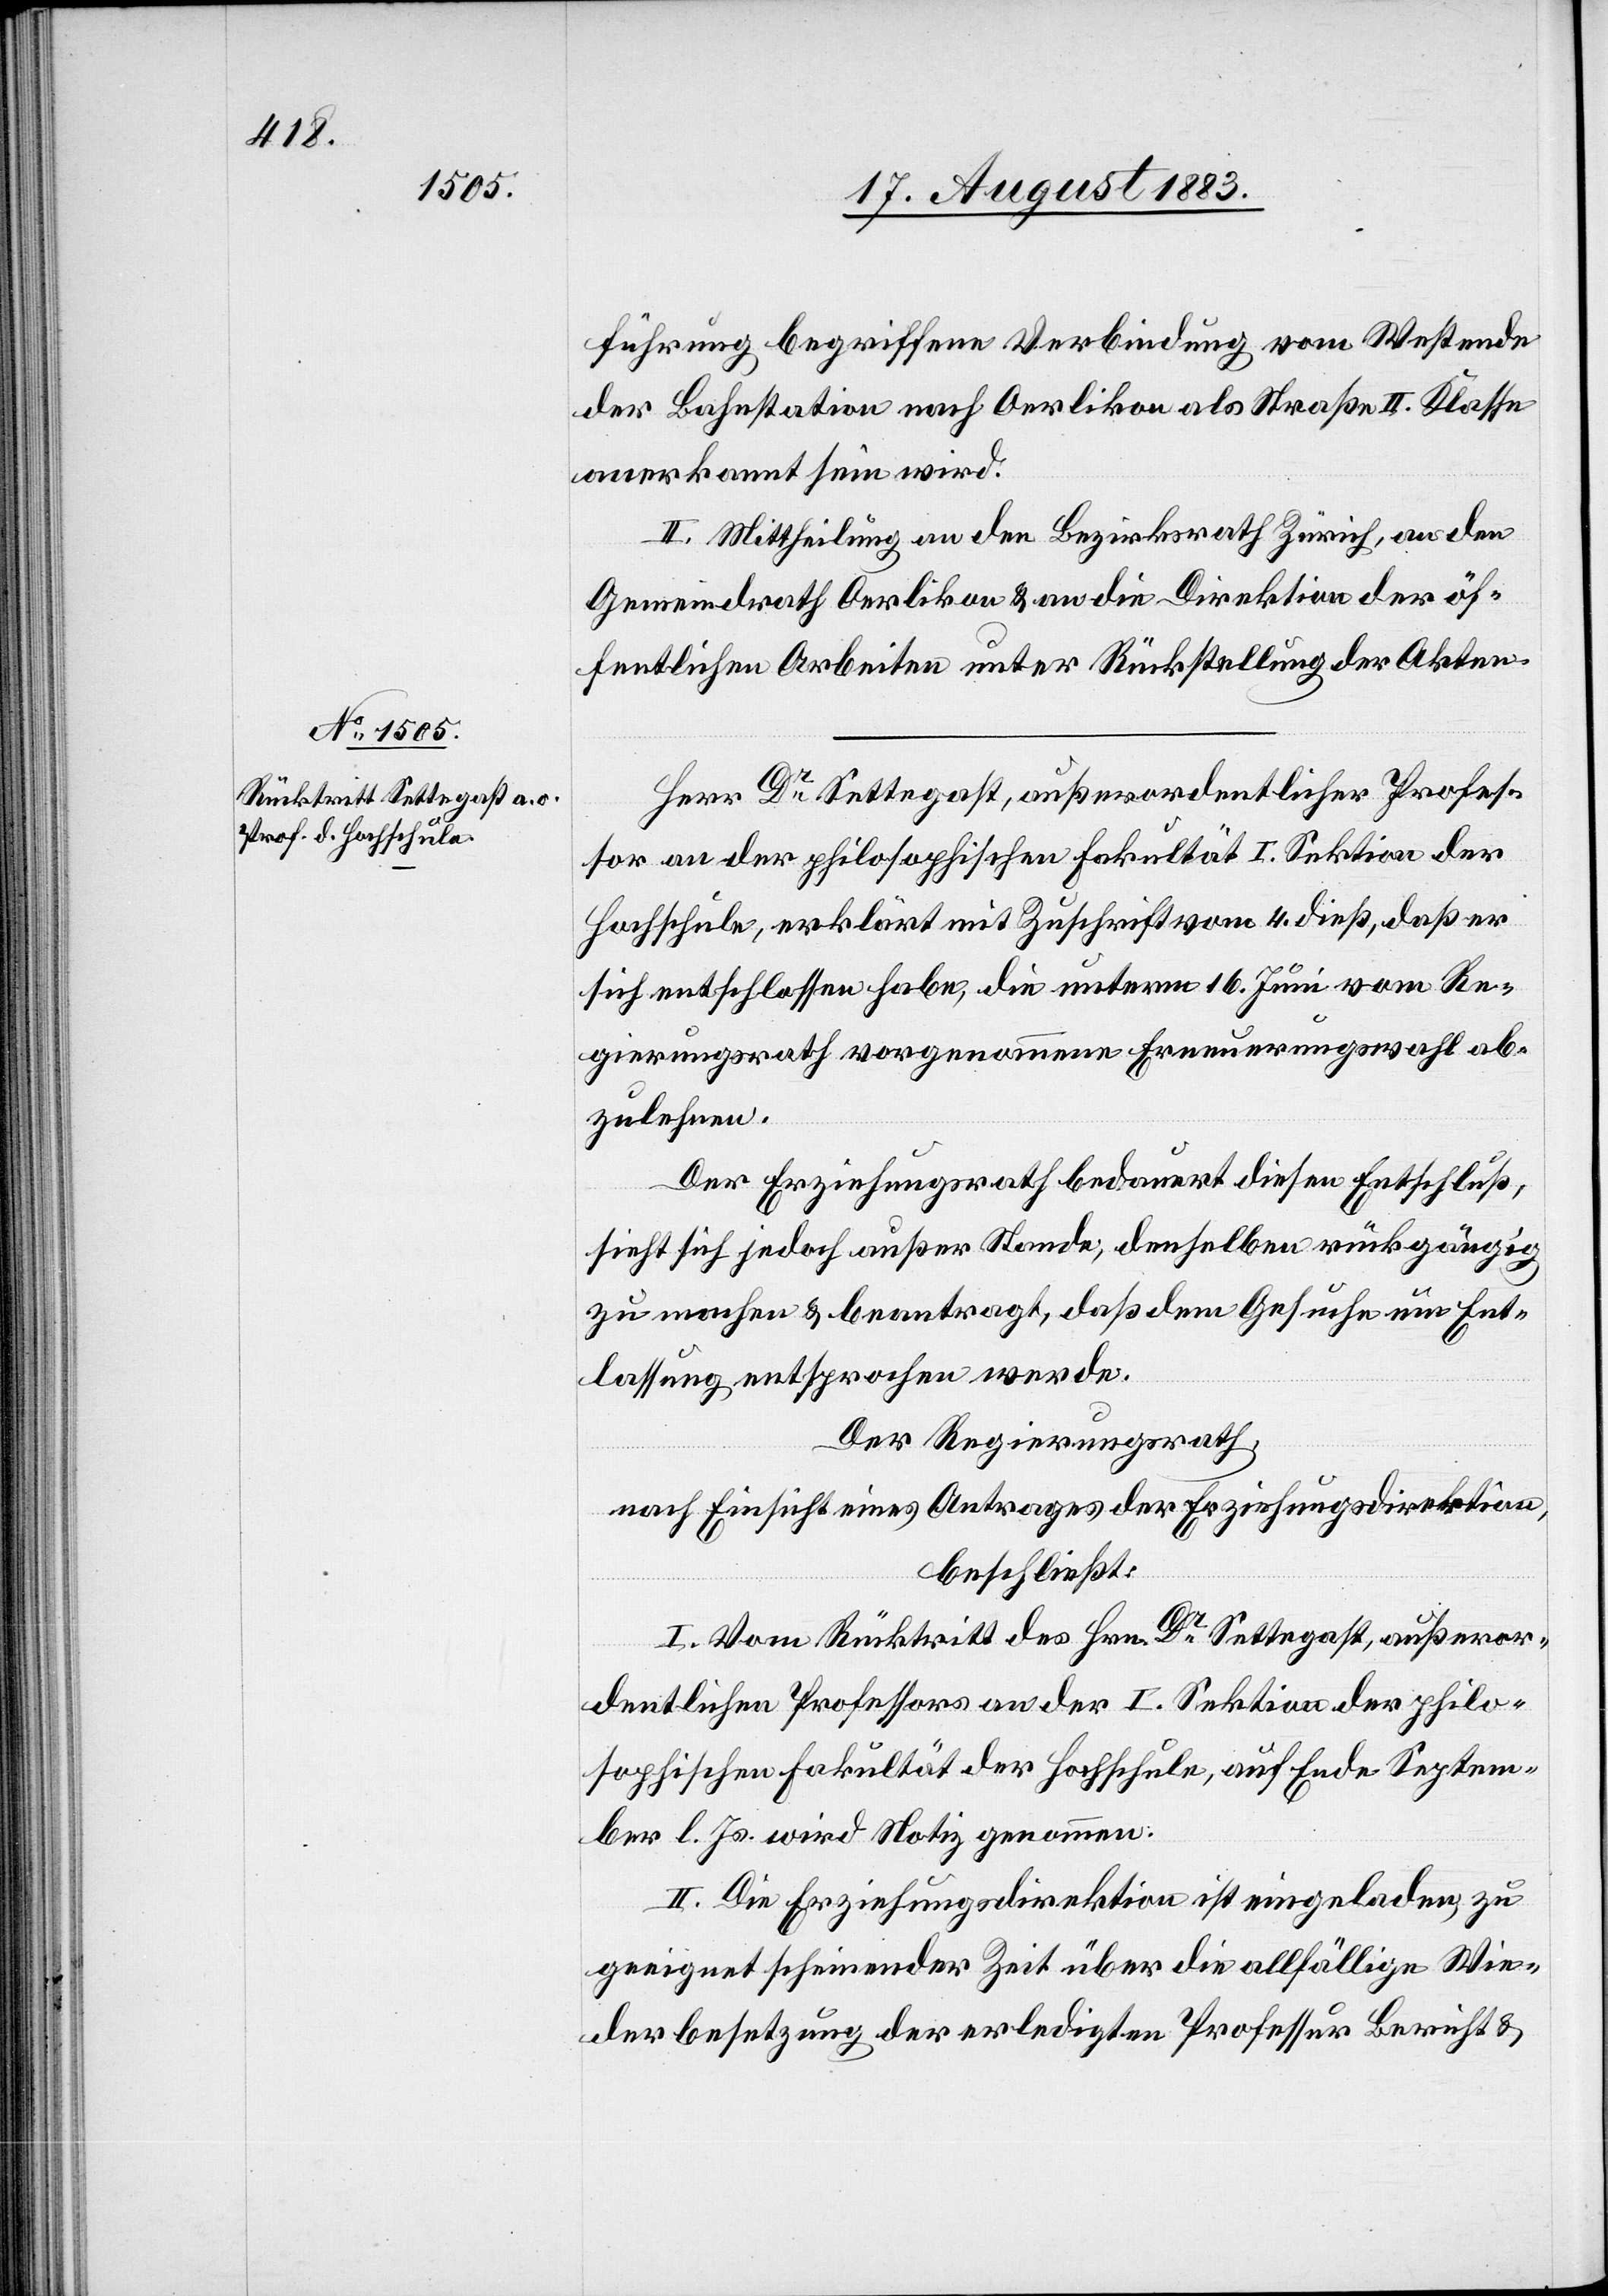
führung begriffene Verbindung vom Westende
der Bahnstation nach Oerlikon als Straße II. Klasse
anerkannt sein wird.
II. Mittheilung an den Bezirksrath Zürich, an den
Gemeindrath Oerlikon & an die Direktion der öf¬
fentlichen Arbeiten unter Rückstellung der Akten.
Herr Dr Settegast, außerordentlicher Profes¬
sor an der philosophischen Fakultät I. Sektion der
Hochschule, erklärt mit Zuschrift vom 4. dieß, daß er
sich entschlossen habe, die unterm 16. Juni vom Re¬
gierungsrath vorgenommene Erneuerungswahl ab¬
zulehnen.
Der Erziehungsrath bedauert diesen Entschluß,
sieht sich jedoch außer Stande, denselben rückgängig
zu machen & beantragt, daß dem Gesuche um Ent¬
lassung entsprochen werde.
Der Regierungsrath,
nach Einsicht eines Antrages der Erziehungsdirektion,
beschließt:
I. Vom Rücktritt des Hrn. Dr Settegast, außeror¬
dentlichen Professors an der I. Sektion der philo¬
sophischen Fakultät der Hochschule, auf Ende Septem¬
ber l. Js. wird Notiz genommen.
II. Die Erziehungsdirektion ist eingeladen, zu
geeignet scheinender Zeit über die allfällige Wie¬
derbesetzung der erledigten Professur Bericht &